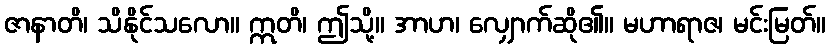
ဇာနာတိ၊ သိနိုင်သလော။ ဣတိ၊ ဤသို့။ အာဟ၊ လျှောက်ဆို၏။ မဟာရာဇ၊ မင်းမြတ်။